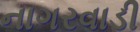
નાગરવાડી